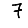
Digit: 7